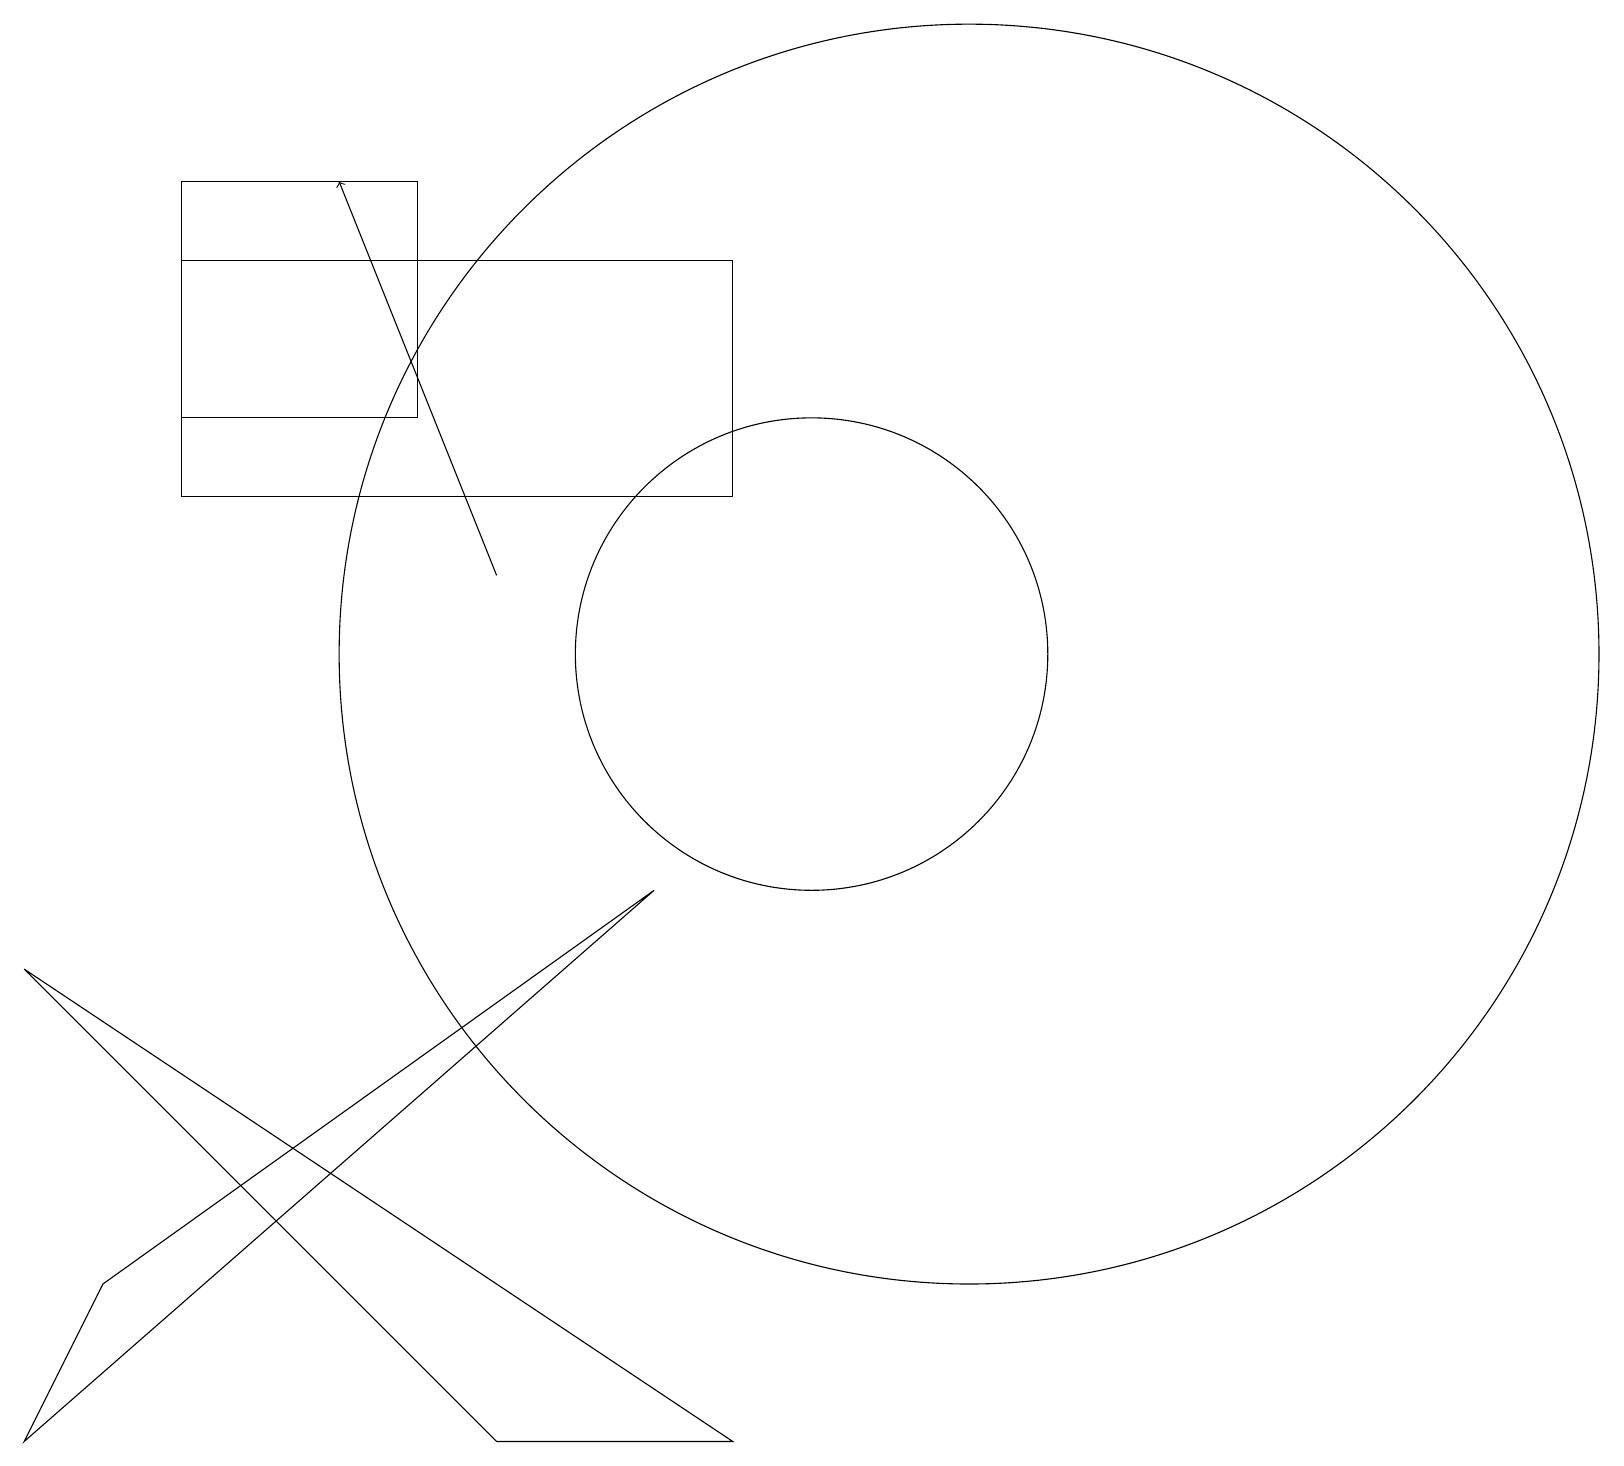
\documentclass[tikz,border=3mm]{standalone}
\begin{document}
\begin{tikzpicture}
\draw (9,12) rectangle (2,15);
\draw (12,10) circle (8);
\draw (0,6) -- (9,0) -- (6,0) -- cycle;
\draw[->] (6,11) -- (4,16);
\draw (8,7) -- (1,2) -- (0,0) -- cycle;
\draw (10,10) circle (3);
\draw (2,16) rectangle (5,13);
\draw (12,12) circle (0);
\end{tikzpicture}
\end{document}